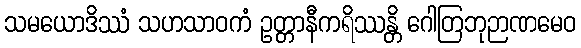
သမယောဒိဿံ သဟသာဝကံ ဥတ္တာနီကရိဿန္တိ ဂေါတြဘုဉာဏမေဝ